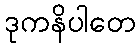
ဒုကနိပါတေ